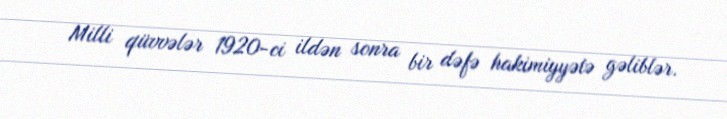
Milli qüvvələr 1920-ci ildən sonra bir dəfə hakimiyyətə gəliblər.